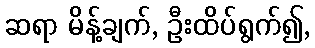
ဆရာ မိန့်ချက်, ဦးထိပ်ရွက်၍,